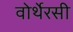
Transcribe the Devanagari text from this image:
वोर्थेरसी